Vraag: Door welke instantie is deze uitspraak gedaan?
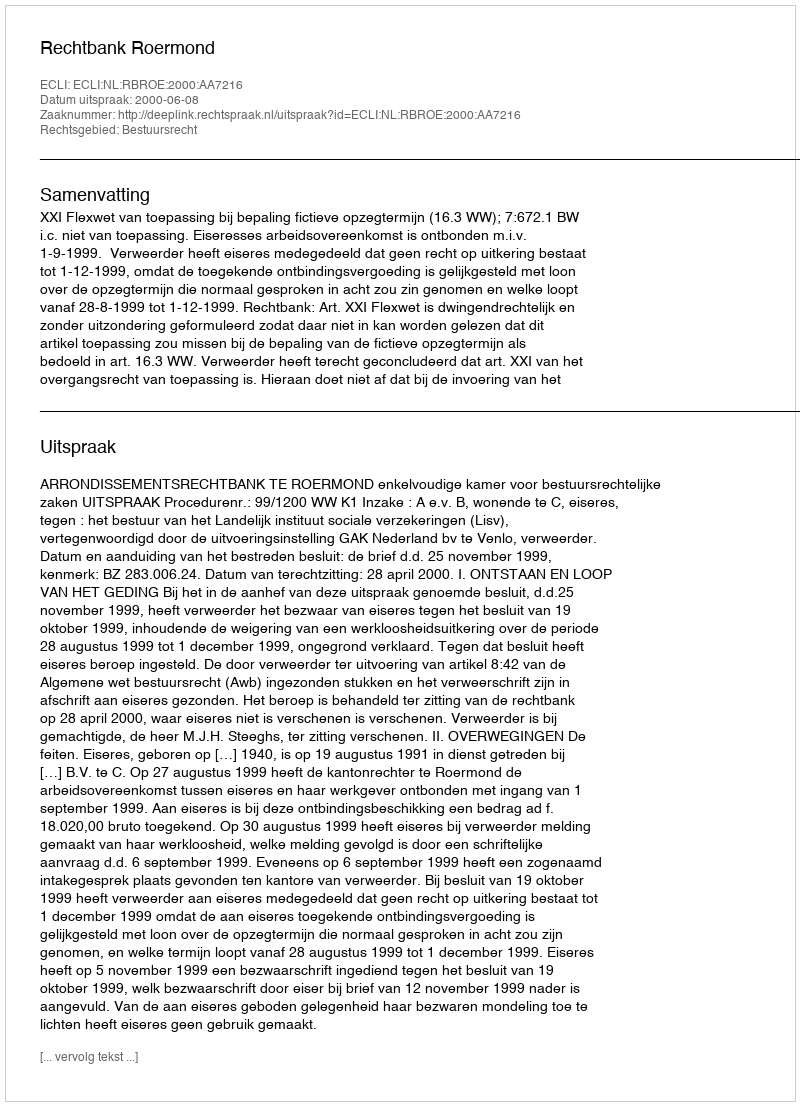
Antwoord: Rechtbank Roermond